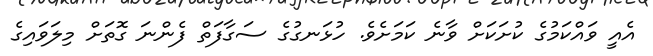
އެއީ ވައްކަމުގެ ކުށަކަށް ވާނެ ކަމަށެވެ. ހުޅަނގުގެ ސަގާފަތް ފެންނަ ގޮތަށް މިލަވައިގެ